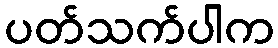
ပတ်သက်ပါက